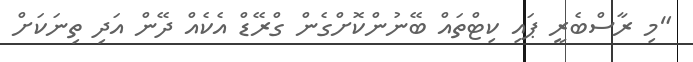
"މި ރާސްބެރީ ޕައި ކިޓްތައް ބޭނުންކޮށްގެން ގްރޭޑް އެކެއް ދޭން އަދި ތިނަކަށް